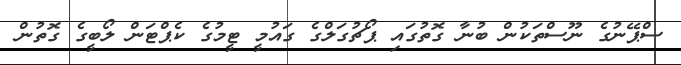
ސްޕޭނުގެ ނޫސްތަކުން ބުނާ ގޮތުގައި ޕޯޗުގަލްގެ ގައުމީ ޓީމުގެ ކެޕްޓަން ލޯބީގެ ގޮތުން